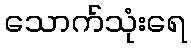
သောက်သုံးရေ